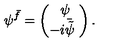
\psi ^ { \bar { f } } = \left( \begin{array} { c } { \psi \! } \\ { \! \! \! - i \bar { \tilde { \psi } } \! } \\ \end{array} \right) .